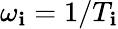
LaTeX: \omega_{\mathbf{i}}=1/T_{\mathbf{i}}